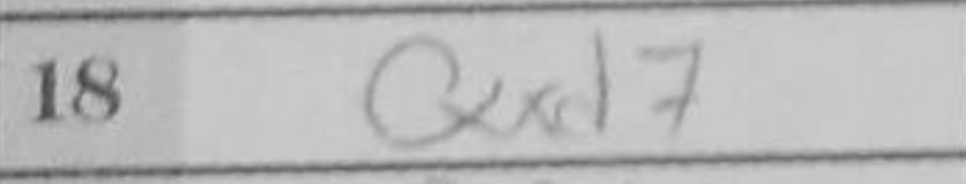
Transcription: Qxd7